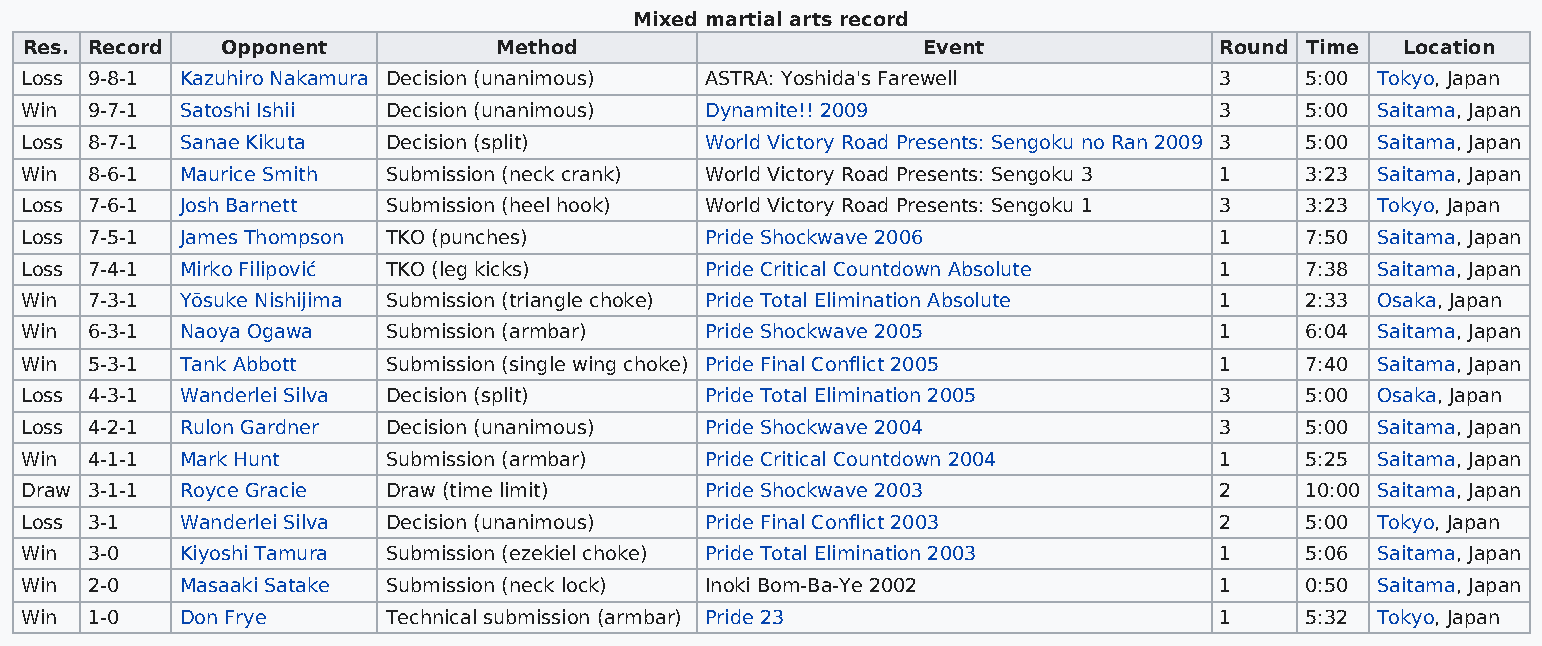
Mixed martial arts record
 Res. Record   Opponent          Method                      Event               Round Time  Location
 Loss 9-8-1 Kazuhiro Nakamura Decision (unanimous) ASTRA: Yoshida's Farewell     3    5:00 Tokyo, Japan
 Win  9-7-1 Satoshi Ishii Decision (unanimous) Dynamite!! 2009                   3    5:00 Saitama, Japan
 Loss 8-7-1 Sanae Kikuta  Decision (split)     World Victory Road Presents: Sengoku no Ran 2009 3 5:00 Saitama, Japan
 Win  8-6-1 Maurice Smith Submission (neck crank) World Victory Road Presents: Sengoku 3 1 3:23 Saitama, Japan
 Loss 7-6-1 Josh Barnett  Submission (heel hook) World Victory Road Presents: Sengoku 1 3 3:23 Tokyo, Japan
 Loss 7-5-1 James Thompson TKO (punches)       Pride Shockwave 2006              1    7:50 Saitama, Japan
 Loss 7-4-1 Mirko Filipović TKO (leg kicks)    Pride Critical Countdown Absolute 1    7:38 Saitama, Japan
 Win  7-3-1 Yōsuke Nishijima Submission (triangle choke) Pride Total Elimination Absolute 1 2:33 Osaka, Japan
 Win  6-3-1 Naoya Ogawa   Submission (armbar)  Pride Shockwave 2005              1    6:04 Saitama, Japan
 Win  5-3-1 Tank Abbott   Submission (single wing choke) Pride Final Conflict 2005 1  7:40 Saitama, Japan
 Loss 4-3-1 Wanderlei Silva Decision (split)   Pride Total Elimination 2005      3    5:00 Osaka, Japan
 Loss 4-2-1 Rulon Gardner Decision (unanimous) Pride Shockwave 2004              3    5:00 Saitama, Japan
 Win  4-1-1 Mark Hunt     Submission (armbar)  Pride Critical Countdown 2004     1    5:25 Saitama, Japan
 Draw 3-1-1 Royce Gracie  Draw (time limit)    Pride Shockwave 2003              2    10:00 Saitama, Japan
 Loss 3-1   Wanderlei Silva Decision (unanimous) Pride Final Conflict 2003       2    5:00 Tokyo, Japan
 Win  3-0   Kiyoshi Tamura Submission (ezekiel choke) Pride Total Elimination 2003 1  5:06 Saitama, Japan
 Win  2-0   Masaaki Satake Submission (neck lock) Inoki Bom-Ba-Ye 2002           1    0:50 Saitama, Japan
 Win  1-0   Don Frye      Technical submission (armbar) Pride 23                 1    5:32 Tokyo, Japan